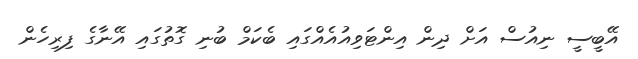
އޭބީސީ ނިއުސް އަށް ދިން އިންޓަވިއުއެއްގައި ބެކަމް ބުނި ގޮތުގައި އޭނާގެ ފިރިހެން